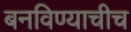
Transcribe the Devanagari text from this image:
बनविण्याचीच